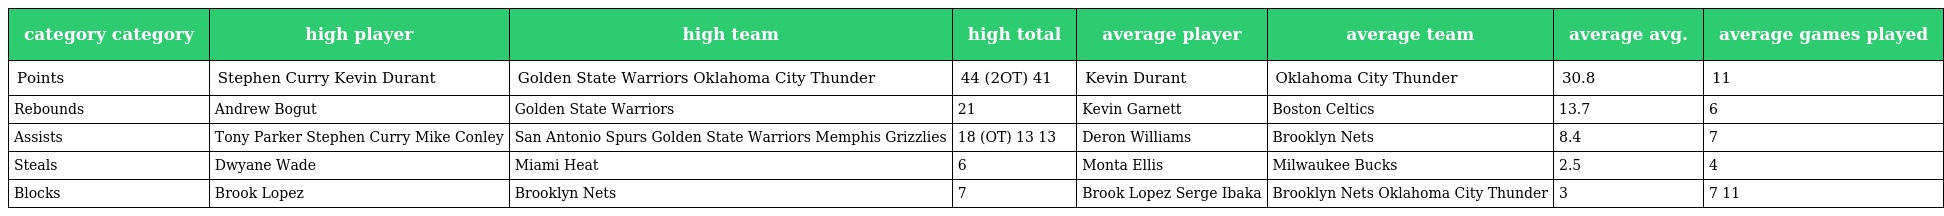
| category category | high player | high team | high total | average player | average team | average avg. | average games played |
 | --- | --- | --- | --- | --- | --- | --- | --- |
 | Points | Stephen Curry Kevin Durant | Golden State Warriors Oklahoma City Thunder | 44 (2OT) 41 | Kevin Durant | Oklahoma City Thunder | 30.8 | 11 |
 | Rebounds | Andrew Bogut | Golden State Warriors | 21 | Kevin Garnett | Boston Celtics | 13.7 | 6 |
 | Assists | Tony Parker Stephen Curry Mike Conley | San Antonio Spurs Golden State Warriors Memphis Grizzlies | 18 (OT) 13 13 | Deron Williams | Brooklyn Nets | 8.4 | 7 |
 | Steals | Dwyane Wade | Miami Heat | 6 | Monta Ellis | Milwaukee Bucks | 2.5 | 4 |
 | Blocks | Brook Lopez | Brooklyn Nets | 7 | Brook Lopez Serge Ibaka | Brooklyn Nets Oklahoma City Thunder | 3 | 7 11 |